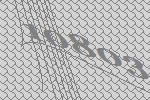
10803